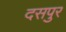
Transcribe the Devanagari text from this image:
दसपुर